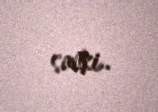
sanki..